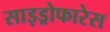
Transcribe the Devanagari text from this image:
साइड्रोफारेस